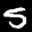
Label: 5